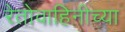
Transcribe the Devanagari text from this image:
रेतोवाहिनीच्या